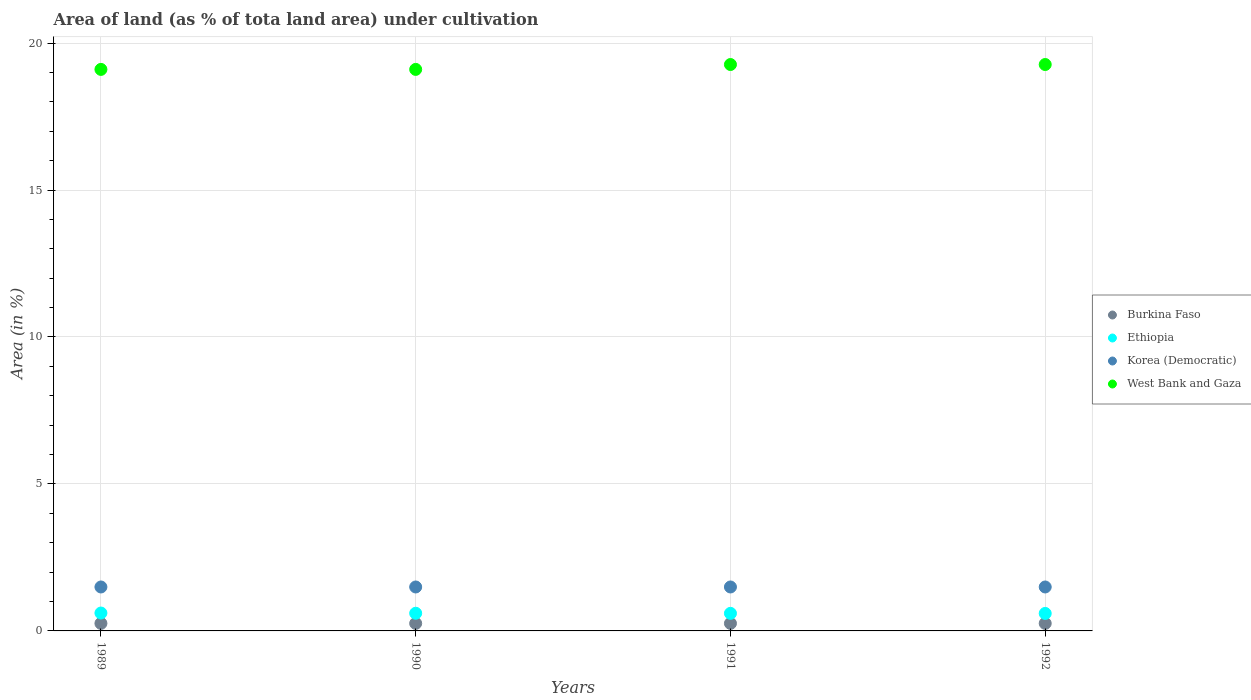
| Years | Burkina Faso | Ethiopia | Korea (Democratic) | West Bank and Gaza |
 | --- | --- | --- | --- | --- |
 | 1989 | 0.256 | 0.609 | 1.49 | 19.1 |
 | 1990 | 0.256 | 0.601 | 1.49 | 19.1 |
 | 1991 | 0.256 | 0.598 | 1.49 | 19.3 |
 | 1992 | 0.256 | 0.595 | 1.49 | 19.3 |